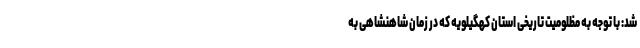
شد: با توجه به مظلومیت تاریخی استان کهگیلویه که در زمان شاهنشاهی به